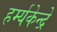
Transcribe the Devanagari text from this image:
हर्म्यकेन्द्रे